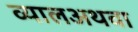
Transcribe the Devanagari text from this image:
व्यालअथवा